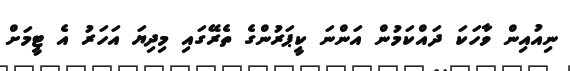
ނިއުއިން ވާހަކަ ދައްކަމުން އަންނަ ކީޕަރުންގެ ތެރޭގައި މިދިޔަ އަހަރު އެ ޓީމަށް